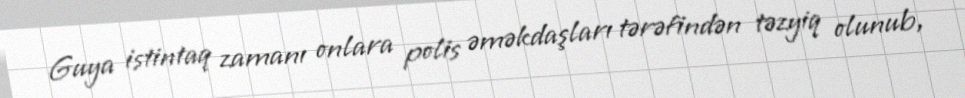
Guya istintaq zamanı onlara polis əməkdaşları tərəfindən təzyiq olunub,